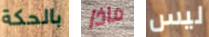
بالحكة ماذا ليس